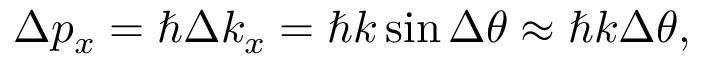
\Delta p _ { x } = \hbar \Delta k _ { x } = \hbar k \sin { \Delta \theta } \approx \hbar k \Delta \theta ,